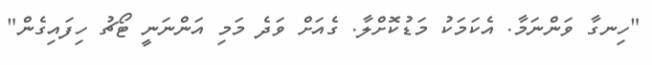
"ހިނގާ ވަންނަމާ. އެކަމަކު މަޑުކޮށްލާ. ގެއަށް ވަދެ މަމި އަންނަނީ ޓޯޗު ހިފައިގެން"